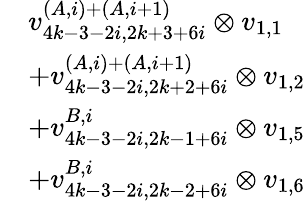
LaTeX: \begin{array}{rl}&{v_{4k-3-2i,2k+3+6i}^{(A,i)+(A,i+1)}\otimes v_{1,1}}\\ &{+v_{4k-3-2i,2k+2+6i}^{(A,i)+(A,i+1)}\otimes v_{1,2}}\\ &{+v_{4k-3-2i,2k-1+6i}^{B,i}\otimes v_{1,5}}\\ &{+v_{4k-3-2i,2k-2+6i}^{B,i}\otimes v_{1,6}}\end{array}